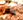
عاش